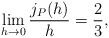
\begin{align*} \begin{aligned}\lim_{h\rightarrow0}\frac{j_P(h)}{h}=\frac{2}{3}, \end{aligned} \end{align*}